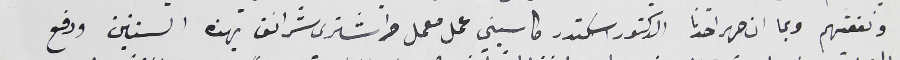
ونفعتهم وبما ان صهر احدنا الدكتور اسكندر كاسيني عمل معمل واشترى شرانق بهذه السنتين ودفع